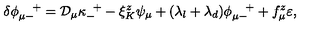
\delta \phi _ { \mu - } ^ { \quad + } = { \cal D } _ { \mu } \kappa _ { - } ^ { \enskip + } - \xi _ { K } ^ { z } \psi _ { \mu } + ( \lambda _ { l } + \lambda _ { d } ) \phi _ { \mu - } ^ { \quad + } + f _ { \mu } ^ { z } \varepsilon ,